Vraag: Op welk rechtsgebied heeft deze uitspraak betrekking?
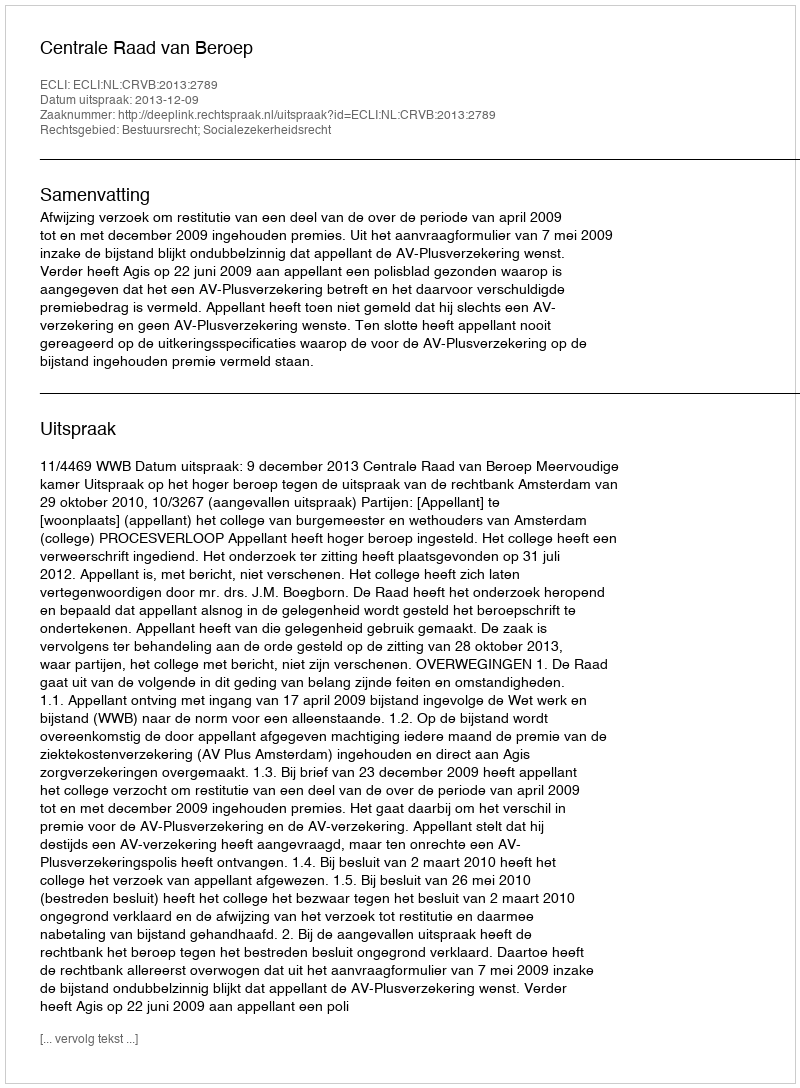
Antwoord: Bestuursrecht; Socialezekerheidsrecht